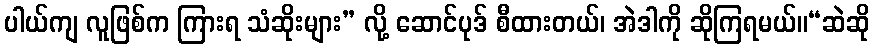
ပါယ်ကျ လူဖြစ်က ကြားရ သံဆိုးများ” လို့ ဆောင်ပုဒ် စီထားတယ်၊ အဲဒါကို ဆိုကြရမယ်။“ဆဲဆို